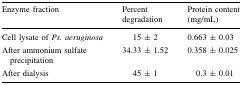
<table><thead><tr><td><b>Enzyme fraction</b></td><td><b>Percent degradation</b></td><td><b>Protein content (mg/mL)</b></td></tr></thead><tbody><tr><td>Cell lysate of <i>Ps. aeruginosa</i></td><td>15 ± 2</td><td>0.663 ± 0.03</td></tr><tr><td>After ammonium sulfate precipitation</td><td>34.33 ± 1.52</td><td>0.358 ± 0.025</td></tr><tr><td>After dialysis</td><td>45 ± 1</td><td>0.3 ± 0.01</td></tr></tbody></table>